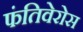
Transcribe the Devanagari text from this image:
फंतिवेरोस